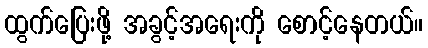
ထွက်ပြေးဖို့ အခွင့်အရေးကို စောင့်နေတယ်။